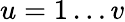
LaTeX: u=1\ldots v